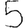
Digit: 5